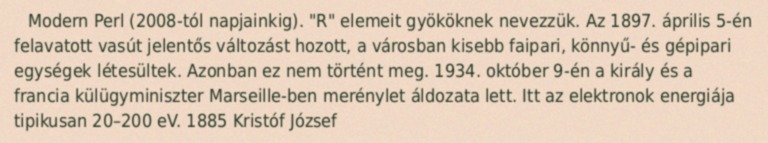
Modern Perl (2008-tól napjainkig). "R" elemeit gyököknek nevezzük. Az 1897. április 5-én felavatott vasút jelentős változást hozott, a városban kisebb faipari, könnyű- és gépipari egységek létesültek. Azonban ez nem történt meg. 1934. október 9-én a király és a francia külügyminiszter Marseille-ben merénylet áldozata lett. Itt az elektronok energiája tipikusan 20–200 eV. 1885 Kristóf József